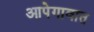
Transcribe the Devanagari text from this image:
आपेगावात